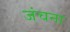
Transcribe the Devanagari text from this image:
जंचना